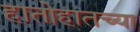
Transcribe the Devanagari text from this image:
हातोहातच्या